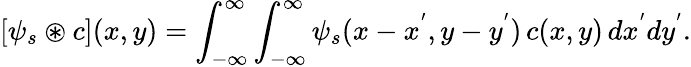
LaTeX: [\psi_{s}\circledast c](x,y)=\int_{-\infty}^{\infty}\int_{-\infty}^{\infty}\psi_{s}(x-x^{'},y-y^{'})\, c(x,y)\, dx^{'}dy^{'}.